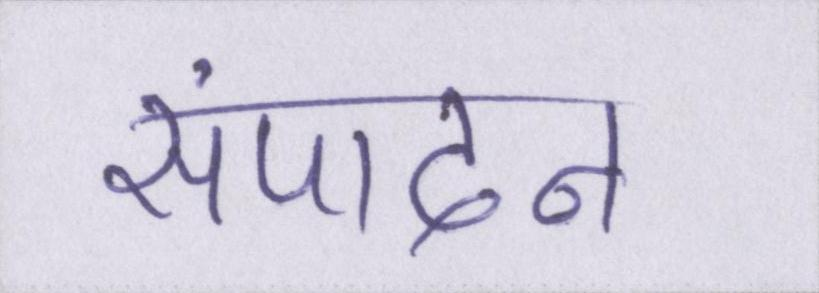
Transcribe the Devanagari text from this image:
संपादन